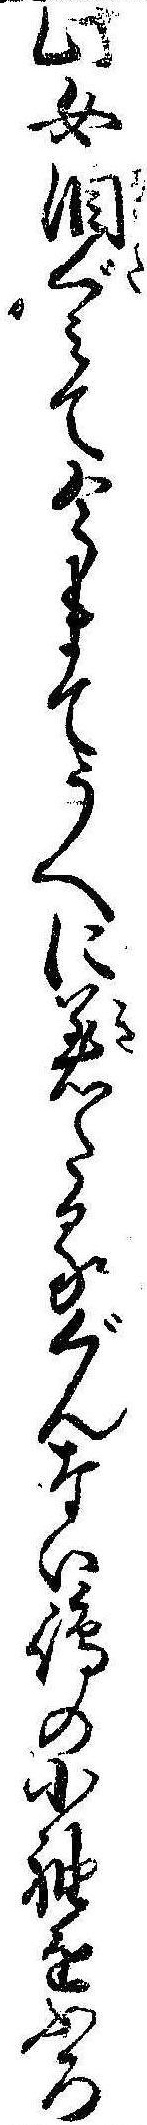
此女涙ぐみて今まてうへに着たるぐんない島の小袖をふろ